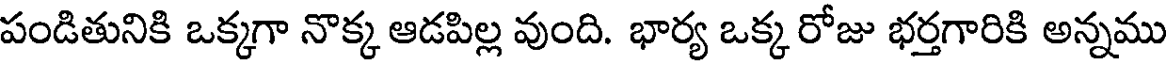
పండితునికి ఒక్కగా నొక్క ఆడపిల్ల వుంది. భార్య ఒక్క రోజు భర్తగారికి అన్నము